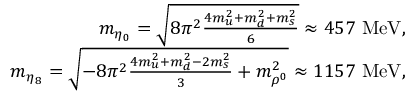
\begin{array} { r l r } & { } & { m _ { \eta _ { 0 } } = \sqrt { 8 \pi ^ { 2 } \frac { 4 m _ { u } ^ { 2 } + m _ { d } ^ { 2 } + m _ { s } ^ { 2 } } { 6 } } \approx 4 5 7 \ \mathrm { { M e V } } , } \\ & { } & { m _ { \eta _ { 8 } } = \sqrt { - 8 \pi ^ { 2 } \frac { 4 m _ { u } ^ { 2 } + m _ { d } ^ { 2 } - 2 m _ { s } ^ { 2 } } { 3 } + m _ { \rho ^ { 0 } } ^ { 2 } } \approx 1 1 5 7 \ { \mathrm { M e V } } , } \end{array}